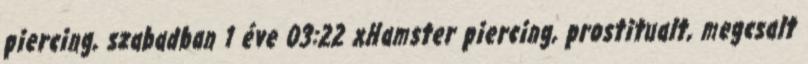
piercing, szabadban 1 éve 03:22 xHamster piercing, prostitualt, megcsalt